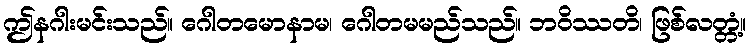
ဤနဂါးမင်းသည်။ ဂေါတမောနာမ၊ ဂေါတမမည်သည်။ ဘဝိဿတိ၊ ဖြစ်လတ္တံ့။